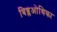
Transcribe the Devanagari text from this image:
बिब्लओथिका